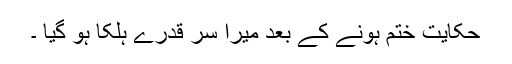
حکایت ختم ہونے کے بعد میرا سر قدرے ہلکا ہو گیا ۔